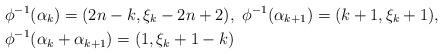
LaTeX: \begin{align*}& \phi^{-1}(\alpha_k)=(2n-k,\xi_k-2n+2), \ \phi^{-1}(\alpha_{k+1})=(k+1,\xi_k+1), \\& \phi^{-1}(\alpha_k+\alpha_{k+1})= (1,\xi_k+1-k)\end{align*}